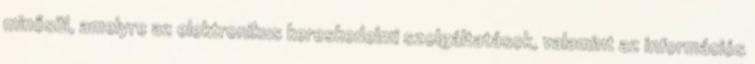
minősül, amelyre az elektronikus kereskedelmi szolgáltatások, valamint az információs